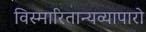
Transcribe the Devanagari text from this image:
विस्मारितान्यव्यापारो